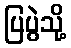
ပြပွဲသို့